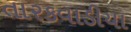
તારકવાડીયા